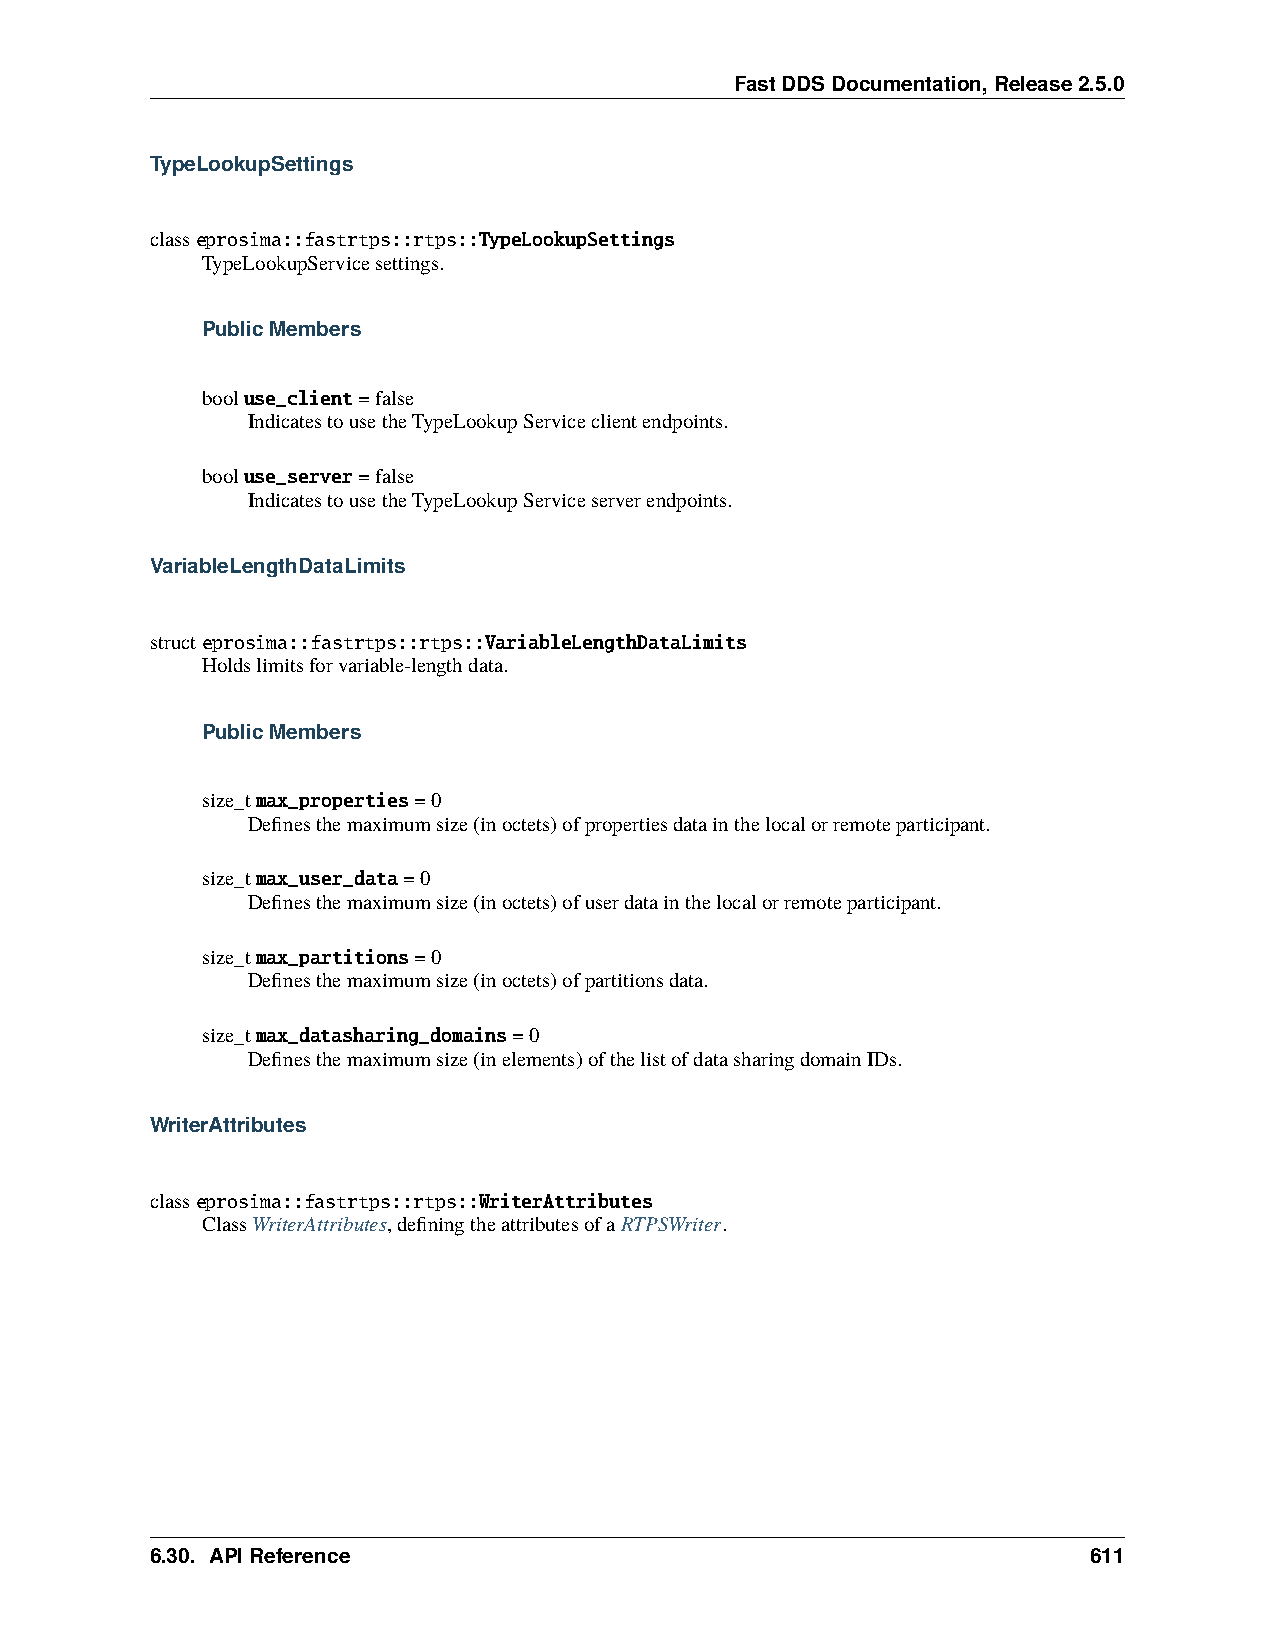
FastDDSDocumentation,Release2.5.0
 TypeLookupSettings
 classeprosima::fastrtps::rtps::TypeLookupSettings
 TypeLookupServicesettings.
 PublicMembers
 booluse_client=false
 IndicatestousetheTypeLookupServiceclientendpoints.
 booluse_server=false
 IndicatestousetheTypeLookupServiceserverendpoints.
 VariableLengthDataLimits
 structeprosima::fastrtps::rtps::VariableLengthDataLimits
 Holdslimitsforvariable-lengthdata.
 PublicMembers
 size_tmax_properties=0
 Definesthemaximumsize(inoctets)ofpropertiesdatainthelocalorremoteparticipant.
 size_tmax_user_data=0
 Definesthemaximumsize(inoctets)ofuserdatainthelocalorremoteparticipant.
 size_tmax_partitions=0
 Definesthemaximumsize(inoctets)ofpartitionsdata.
 size_tmax_datasharing_domains=0
 Definesthemaximumsize(inelements)ofthelistofdatasharingdomainIDs.
 WriterAttributes
 classeprosima::fastrtps::rtps::WriterAttributes
 ClassWriterAttributes,definingtheattributesofaRTPSWriter.
 6.30. APIReference                                            611